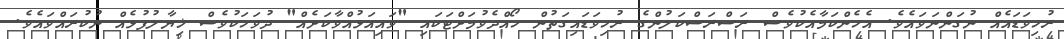
ރުހިވަޑައެއް ނުގަންނަވައެވެ. އެހެންކަމާއެކުވެސް ރަސްރަސްކަލުންގެ ރުހިވަޑައިގަތުން ހޯއްދެވުމަށްޓަކައި "ވައިއަޅުއްވާކަށެއް" ދުވަހަކުވެސް ޚިޔާލުފުޅެއް ނުކުރައްވައެވެ.